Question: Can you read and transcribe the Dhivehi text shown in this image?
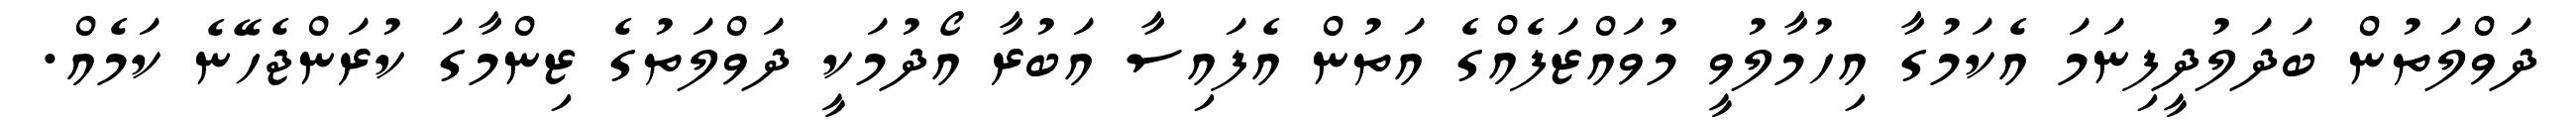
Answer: ދަވްލަތުން ބަދަލުދީފިނަމަ އެކަމުގާ އިހުމާލުވީ މުވައްޒަފެއްގެ އަތުން އެފައިސާ އަބުރާ އޯދުމަކީ ދަވްލަތުގެ ޒިންމާގަ ކުރަންޖެހޭނެ ކަމެއް.